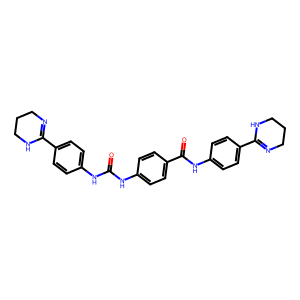
SMILES: O=C(Nc1ccc(C(=O)Nc2ccc(C3=NCCCN3)cc2)cc1)Nc1ccc(C2=NCCCN2)cc1
Inhibits HIV replication: No